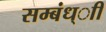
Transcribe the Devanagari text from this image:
सम्बंध्ाी